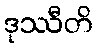
ဒုဿီတိ